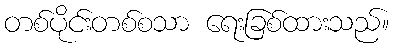
တစ်ပိုင်းတစ်စသာ ရေးခြစ်ထားသည်။